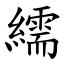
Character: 繻